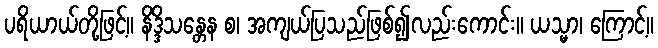
ပရိယာယ်တို့ဖြင့်။ နိဒ္ဒိသန္တေန စ၊ အကျယ်ပြသည်ဖြစ်၍လည်းကောင်း။ ယသ္မာ၊ ကြောင့်။